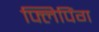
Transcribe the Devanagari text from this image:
फ्लिपिंग